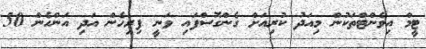
ޓީމް އިވެންޓްތަކުން މިއަދު ކުރިއަށް ގެންގޮސްފައި ވަނީ ފިރިހެން އަދި އަންހެން 50